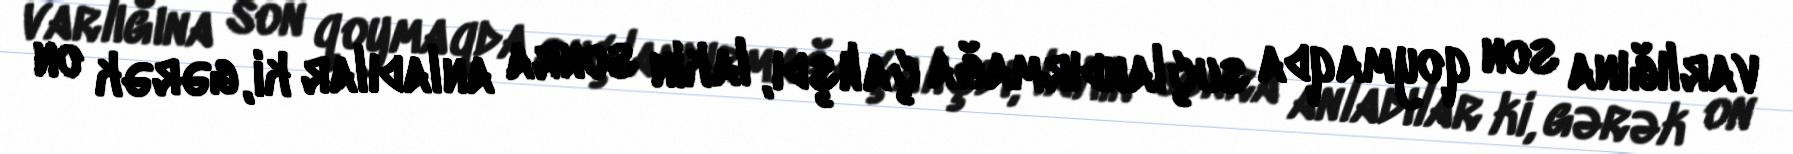
varlığına son qoymaqda suçlandırmağa çalışdı, lakin sonra anladılar ki, gərək on